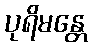
ပုရိမန္တေ